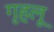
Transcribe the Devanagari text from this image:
गृहलू